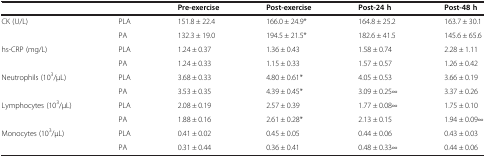
<table><thead><tr><td colspan="2"><b> </b></td><td><b>Pre-exercise</b></td><td><b>Post-exercise</b></td><td><b>Post-24 h</b></td><td><b>Post-48 h</b></td></tr></thead><tbody><tr><td rowspan="2">CK (U/L)</td><td>PLA</td><td>151.8 ± 22.4</td><td>166.0 ± 24.9*</td><td>164.8 ± 25.2</td><td>163.7 ± 30.1</td></tr><tr><td>PA</td><td>132.3 ± 19.0</td><td>194.5 ± 21.5*</td><td>182.6 ± 41.5</td><td>145.6 ± 65.6</td></tr><tr><td rowspan="2">hs-CRP (mg/L)</td><td>PLA</td><td>1.24 ± 0.37</td><td>1.36 ± 0.43</td><td>1.58 ± 0.74</td><td>2.28 ± 1.11</td></tr><tr><td>PA</td><td>1.24 ± 0.33</td><td>1.15 ± 0.33</td><td>1.57 ± 0.57</td><td>1.26 ± 0.42</td></tr><tr><td rowspan="2">Neutrophils (10<sup>3</sup>/μL)</td><td>PLA</td><td>3.68 ± 0.33</td><td>4.80 ± 0.61*</td><td>4.05 ± 0.53</td><td>3.66 ± 0.19</td></tr><tr><td>PA</td><td>3.53 ± 0.35</td><td>4.39 ± 0.45*</td><td>3.09 ± 0.25∞</td><td>3.37 ± 0.26</td></tr><tr><td rowspan="2">Lymphocytes (10<sup>3</sup>/μL)</td><td>PLA</td><td>2.08 ± 0.19</td><td>2.57 ± 0.39</td><td>1.77 ± 0.08∞</td><td>1.75 ± 0.10</td></tr><tr><td>PA</td><td>1.88 ± 0.16</td><td>2.61 ± 0.28*</td><td>2.13 ± 0.15</td><td>1.94 ± 0.09∞</td></tr><tr><td rowspan="2">Monocytes (10<sup>3</sup>/μL)</td><td>PLA</td><td>0.41 ± 0.02</td><td>0.45 ± 0.05</td><td>0.44 ± 0.06</td><td>0.43 ± 0.03</td></tr><tr><td>PA</td><td>0.31 ± 0.44</td><td>0.36 ± 0.41</td><td>0.48 ± 0.33∞</td><td>0.44 ± 0.06</td></tr></tbody></table>